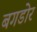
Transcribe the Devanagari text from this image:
बगडोर